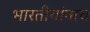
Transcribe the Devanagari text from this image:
भारतीयांनाच